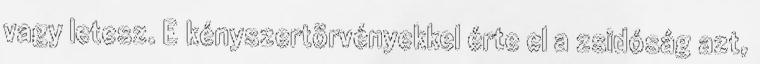
vagy letesz. E kényszertörvényekkel érte el a zsidóság azt,